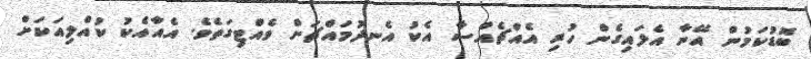
ބޮޑުކަމުން އޭނާ އެލައިގެން ހުރި އެއްޗެއްސާ އެކު އެނދުމައްޗަށް ވެއްޓިގަތެވެ. އެއާއެކު ކުއްލިއަކަށް